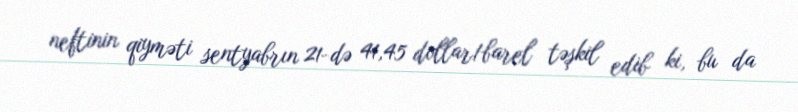
neftinin qiyməti sentyabrın 21-də 41,45 dollar/barel təşkil edib ki, bu da